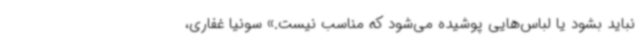
نباید بشود یا لباس‌هایی پوشیده می‌شود که مناسب نیست.» سونیا غفاری،